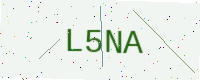
Text: L5NA